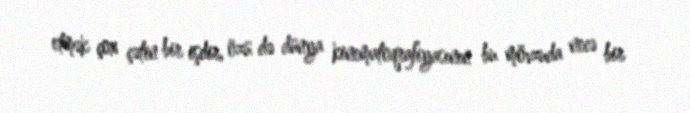
etmək çox çətin bir işdir, özü də dünya kinematoqrafiyasının bu mövzuda necə bir